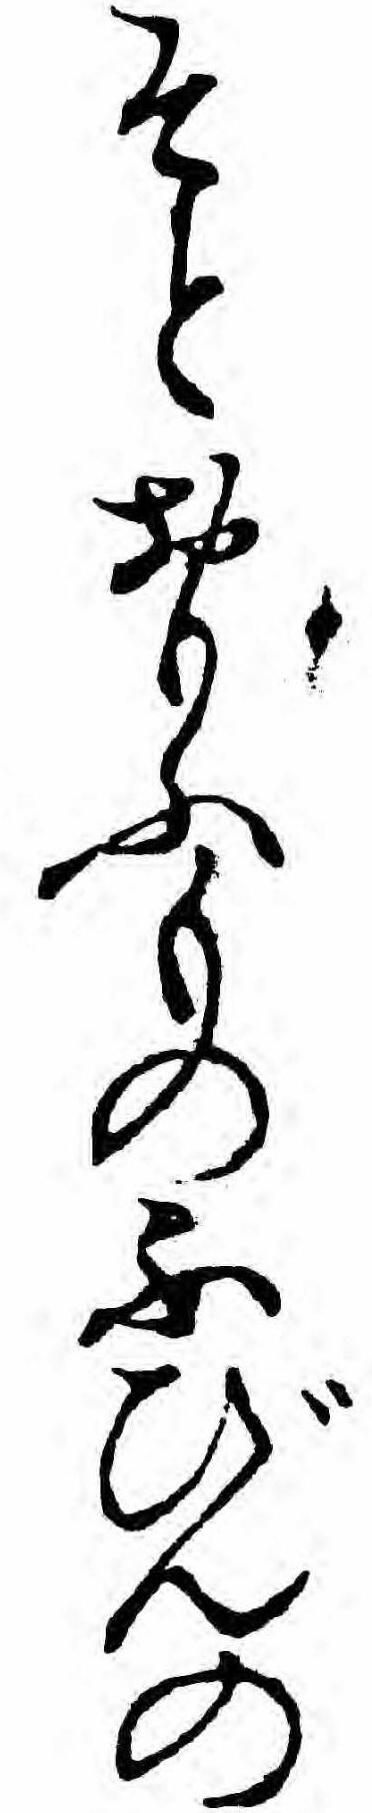
そとおもふものふびんの